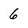
Character: 6